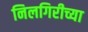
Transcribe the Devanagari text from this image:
निलगिरीच्या